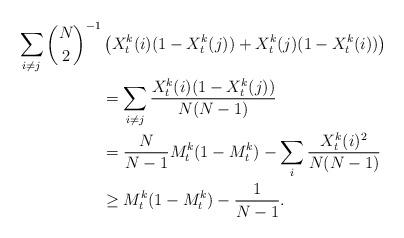
LaTeX: \begin{align*}\sum_{i \neq j} {N \choose 2}^{-1} &\left( X^k_t(i) (1 - X^k_t(j)) + X^k_t(j)(1 - X^k_t(i)) \right) \\&= \sum_{i \neq j} \frac{X^k_t(i) (1 - X^k_t(j))}{N (N - 1)} \\&= \frac{N}{N - 1} M^k_t (1 - M^k_t) - \sum_i \frac{X^k_t(i)^2}{N(N - 1)} \\&\geq M^k_t (1 - M^k_t) - \frac{1}{N - 1}.\end{align*}